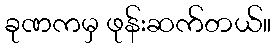
ခုဏကမှ ဖုန်းဆက်တယ်။